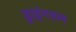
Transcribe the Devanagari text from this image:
ड्राइंगरूम